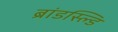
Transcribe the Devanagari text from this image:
ब्रांडस्ल्डि